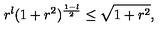
r ^ { l } ( 1 + r ^ { 2 } ) ^ { { \frac { 1 - l } { 2 } } } \leq \sqrt { 1 + r ^ { 2 } } ,